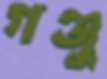
গঞ্জু